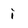
Character: i